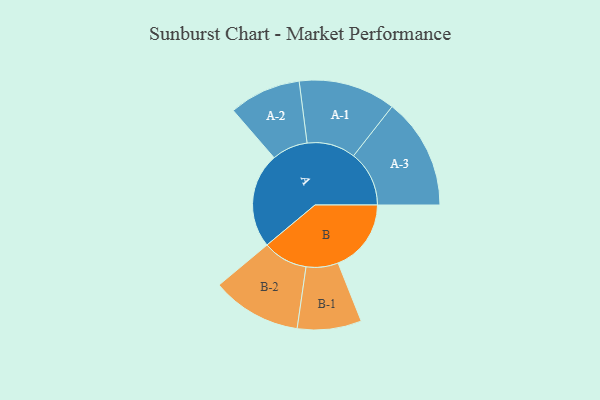
{"axis": {"x": "Segment", "y": "Value"}, "legend": ["", "A", "B"], "data": [{"x": "A", "y": 392, "type": ""}, {"x": "B", "y": 301, "type": ""}, {"x": "A-1", "y": 200, "type": "A"}, {"x": "A-2", "y": 148, "type": "A"}, {"x": "A-3", "y": 229, "type": "A"}, {"x": "B-1", "y": 132, "type": "B"}, {"x": "B-2", "y": 185, "type": "B"}]}